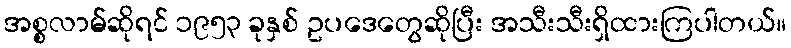
အစ္စလာမ်ဆိုရင် ၁၉၅၃ ခုနှစ် ဥပဒေတွေဆိုပြီး အသီးသီးရှိထားကြပါတယ်။